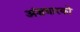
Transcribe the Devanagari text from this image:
अंशधारको